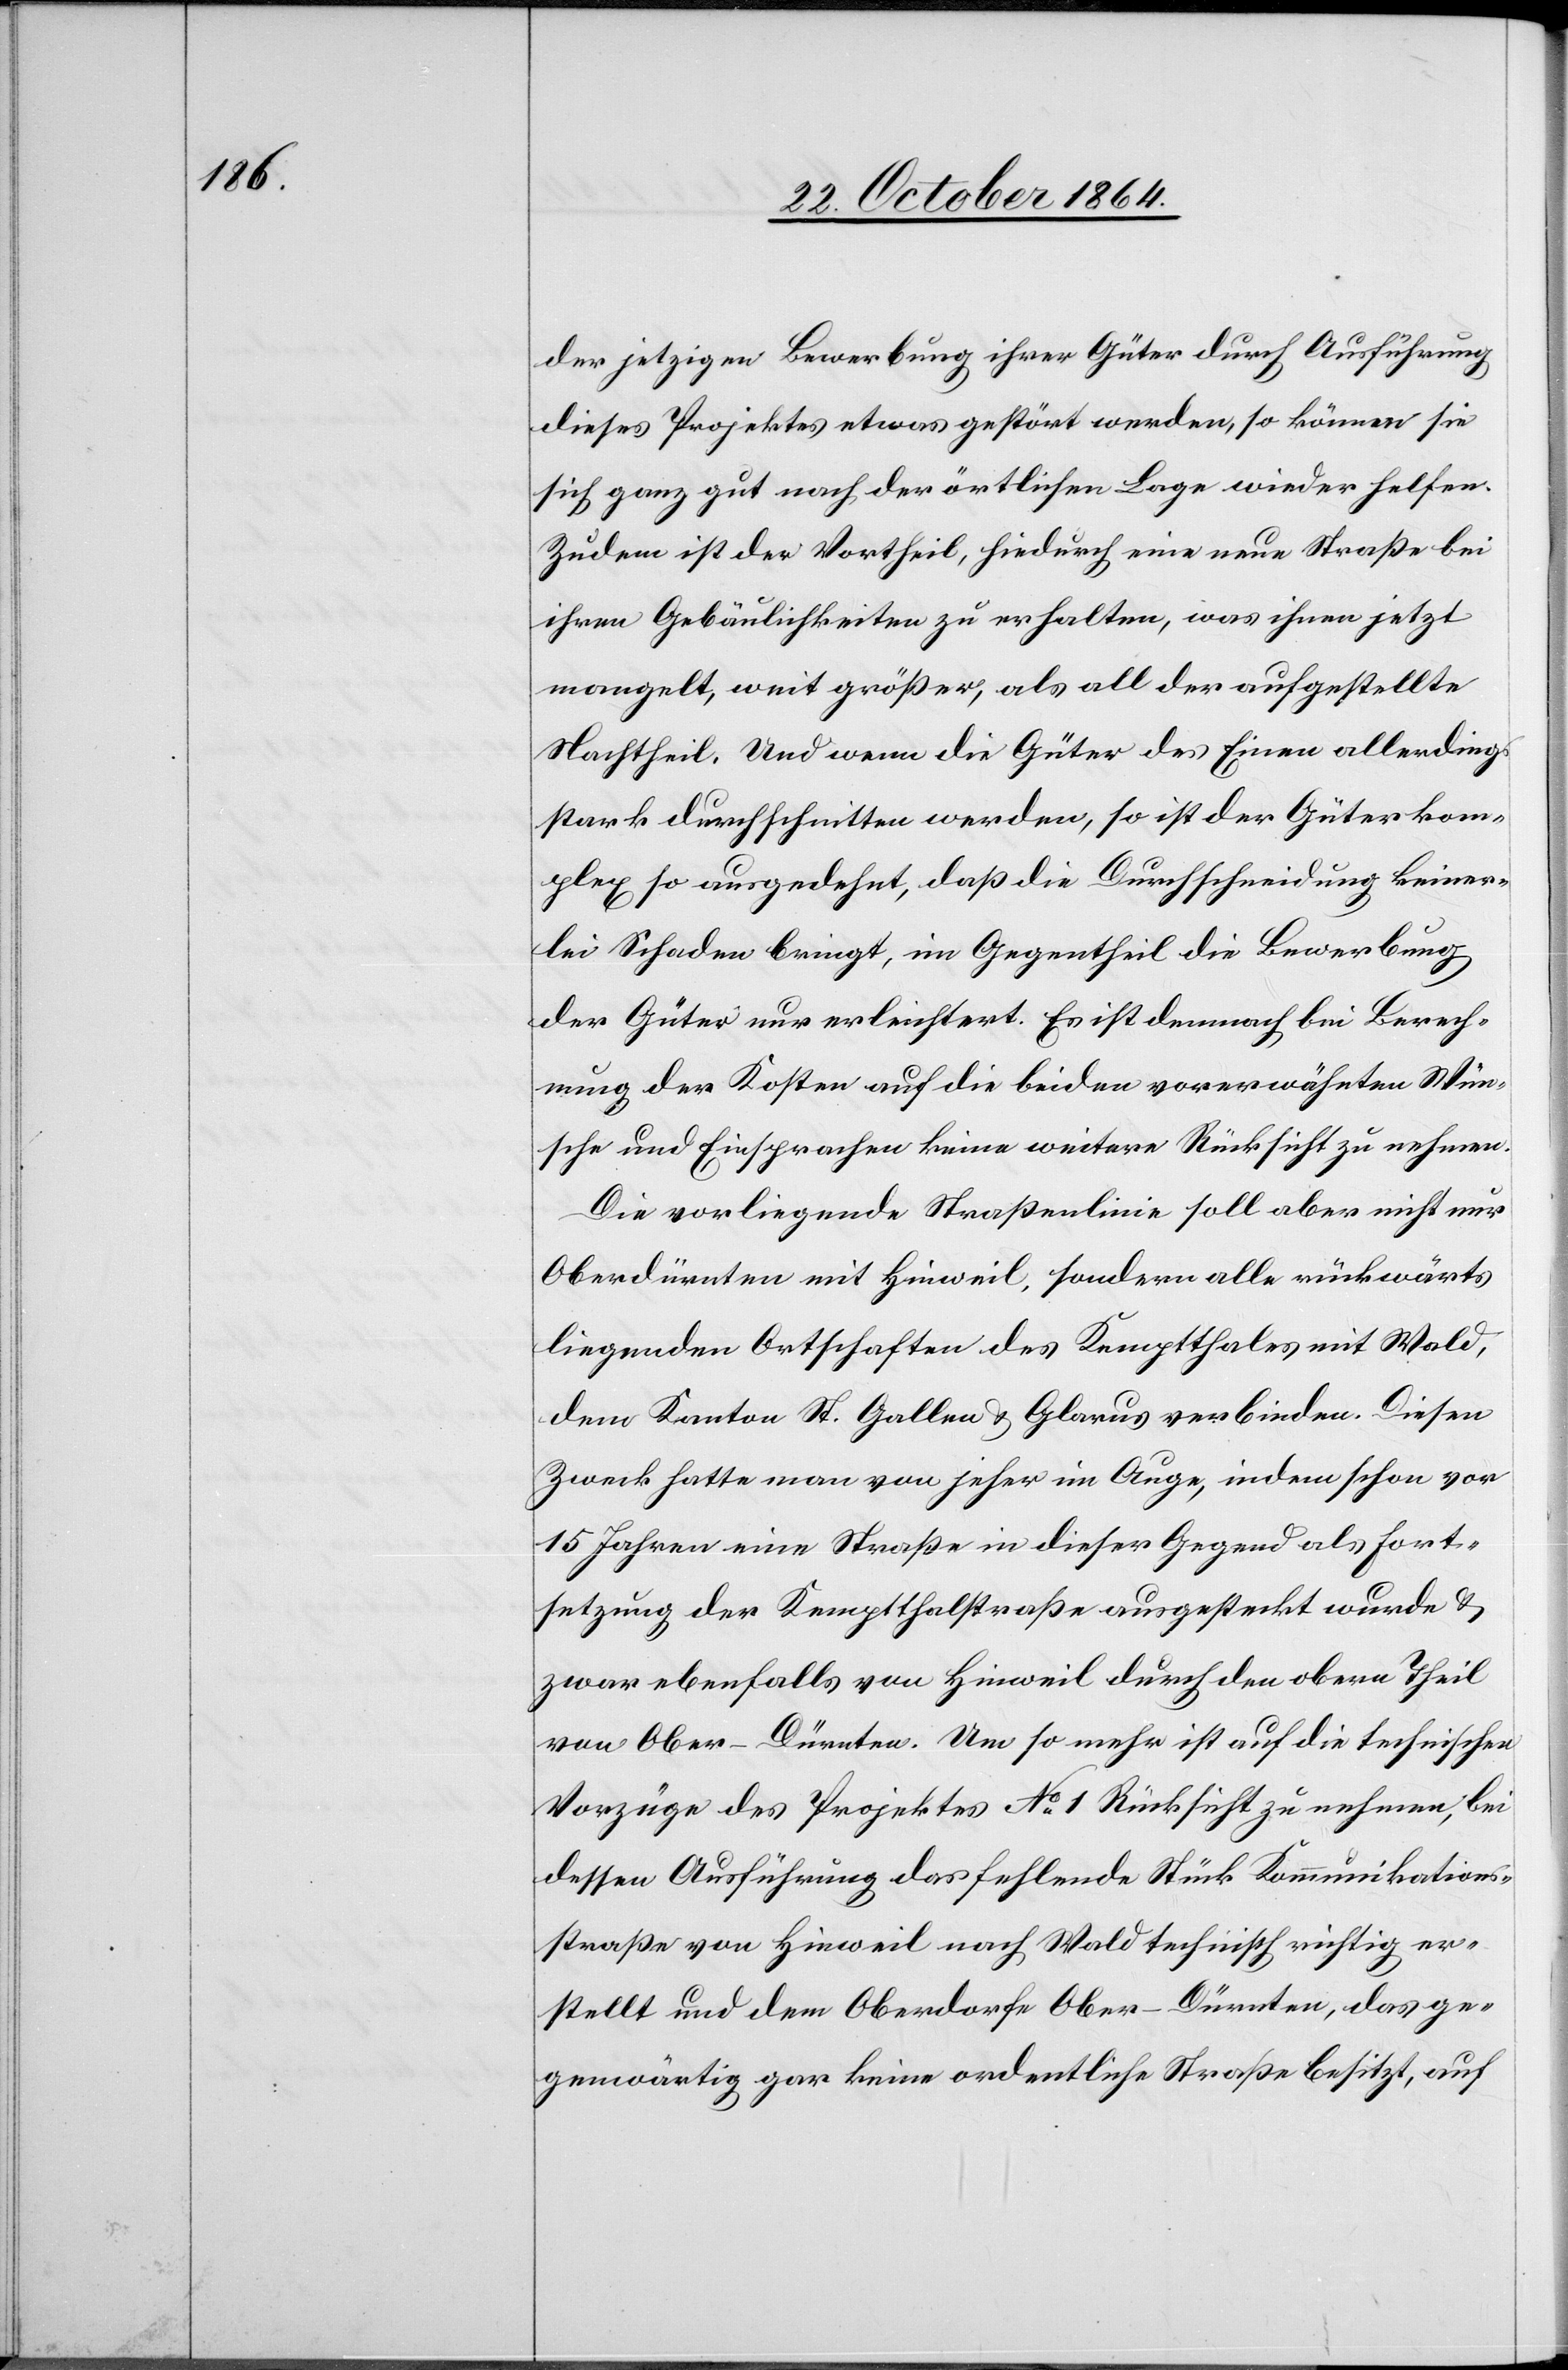
der jetzigen Bewerbung ihrer Güter durch Ausführung
dieses Projektes etwas gestört werden, so können sie
sich ganz gut nach der örtlichen Lage wieder helfen.
Zudem ist der Vortheil, hiedurch eine neue Straße bei
ihren Gebäulichkeiten zu erhalten, was ihnen jetzt
mangelt, weit größer, als all der aufgestellte
Nachtheil. Und wenn die Güter des Einen allerdings
stark durchschnitten werden, so ist der Güterkom¬
plex so ausgedehnt, daß die Durchschneidung keiner¬
lei Schaden bringt, im Gegentheil die Bewerbung
der Güter nur erleichtert. Es ist demnach bei Berech¬
nung der Kosten auf die beiden vorerwähnten Wün¬
sche und Einsprachen keine weitere Rücksicht zu nehmen.
Die vorliegende Straßenlinie soll aber nicht nur
Oberdürnten mit Hinweil, sondern alle rückwärts
liegenden Ortschaften des Kempthales mit Wald,
dem Kanton St. Gallen & Glarus verbinden. Diesen
Zweck hatte man von jeher im Auge, indem schon vor
15 Jahren eine Straße in dieser Gegend als Fort¬
setzung der Kempthalstraße ausgesteckt wurde &
zwar ebenfalls von Hinweil durch den obern Theil
von Ober-Dürnten. Um so mehr ist auf die technischen
Vorzüge des Projektes No 1 Rücksicht zu nehmen, bei
dessen Ausführung das fehlende Stück Kommunikations¬
straße von Hinweil nach Wald technisch richtig er¬
stellt und dem Oberdorfe Ober-Dürnten, das ge¬
genwärtig gar keine ordentliche Straße besitzt, auf